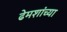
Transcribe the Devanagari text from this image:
ढेमशांच्या